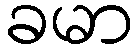
ခမာ